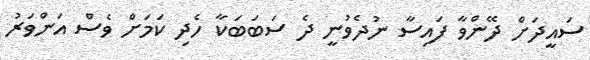
ސައީދަށް ދޭންވާ ފައިސާ ނުދެވުނީ ދެ ސަބަބަކާ ހެދި ކަމަށް ވެސް އަންވަރު